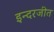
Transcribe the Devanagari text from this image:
इन्दरजीत